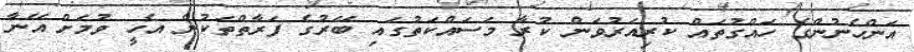
އަންހެނުންގެ ހައްގުތައް ކުރިއަރުވަން ކުރާ މަސައްކަތުގައި ބޭރުގެ ފަރާތްތަކުން އެހީ ވުމަށް އޭނާ